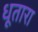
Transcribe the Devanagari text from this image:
धूतारा